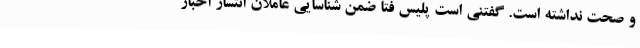
و صحت نداشته است. گفتنی است پلیس فتا ضمن شناسایی عاملان انتشار اخبار